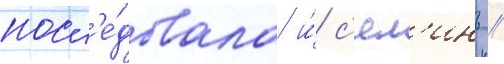
посл'е́довала и́ с'ял'инь //